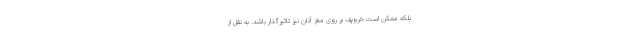
بلکه ممکن است خروپف بر روی مغز آنان نیز تاثیرگذار باشد. به نقل از